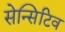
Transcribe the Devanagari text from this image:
सेन्सिटिव